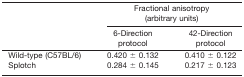
<table><thead><tr><td>[EMPTY_CELL]</td><td colspan="2"><b>Fractional anisotropy (arbitrary units)</b></td></tr><tr><td>[EMPTY_CELL]</td><td><b>6‐Direction protocol</b></td><td><b>42‐Direction protocol</b></td></tr></thead><tbody><tr><td>Wild‐type (C57BL/6)</td><td>0.420 ± 0.132</td><td>0.410 ± 0.122</td></tr><tr><td>Splotch</td><td>0.284 ± 0.145</td><td>0.217 ± 0.123</td></tr></tbody></table>